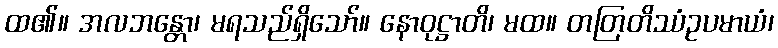
ထ၏။ အလဘန္တော၊ မရသည်ရှိသော်။ နောဝုဋ္ဌာတိ၊ မထ။ တတြတိဿံဥပမာယံ၊